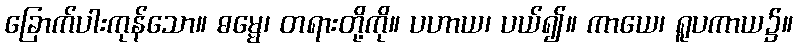
ခြောက်ပါးကုန်သော။ ဓမ္မေ၊ တရားတို့ကို။ ပဟာယ၊ ပယ်၍။ ကာယေ၊ ရူပကာယ၌။